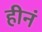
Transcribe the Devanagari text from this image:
हीनं